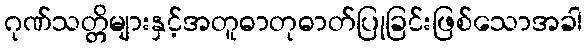
ဂုဏ်သတ္တိများနှင့်အတူဓာတုဓာတ်ပြုခြင်းဖြစ်သောအခါ